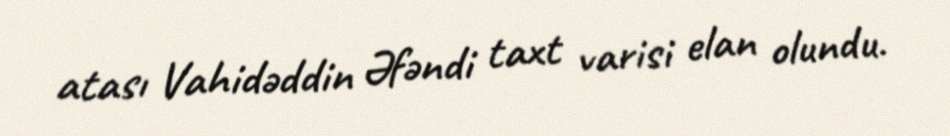
atası Vahidəddin Əfəndi taxt varisi elan olundu.